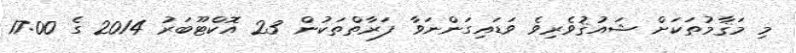
މި މަޤާމުތަކަށް ޝައުޤުވެރިވެ ވަޑައިގަންނަވާ ފަރާތްތަކުން 23 އޮކްޓޫބަރު 2014 ގެ 17:00